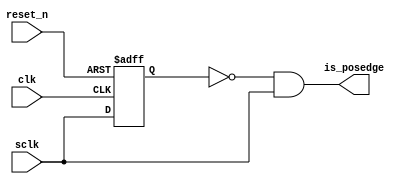
module posedge_detect(
    input clk,
    input reset_n,
    input sclk, 
    output  is_posedge
    ); 

    reg Q; 
    always @(posedge clk or negedge reset_n) begin
        if(!reset_n) 
            Q <= 1'b0; 
        else 
            Q <= sclk; 
    end 

    assign is_posedge = ~Q & sclk; 
endmodule